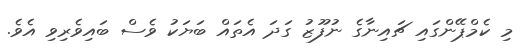
މި ކެމްޕޭންގައި ޗައިނާގެ ނުފޫޒު ގަދަ އެތައް ބަޔަކު ވެސް ބައިވެރިވި އެވެ.